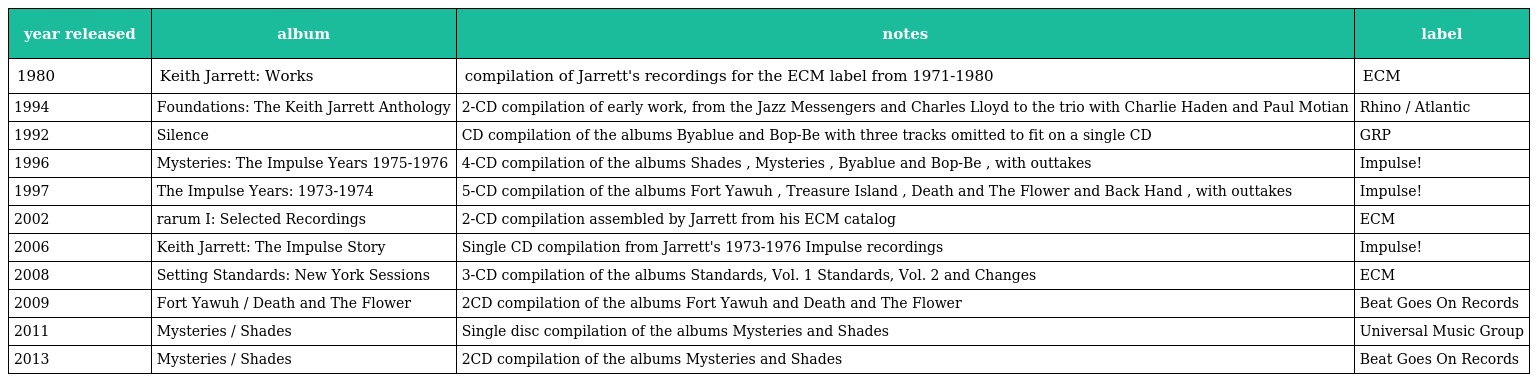
| year released | album | notes | label |
 | --- | --- | --- | --- |
 | 1980 | Keith Jarrett: Works | compilation of Jarrett's recordings for the ECM label from 1971-1980 | ECM |
 | 1994 | Foundations: The Keith Jarrett Anthology | 2-CD compilation of early work, from the Jazz Messengers and Charles Lloyd to the trio with Charlie Haden and Paul Motian | Rhino / Atlantic |
 | 1992 | Silence | CD compilation of the albums Byablue and Bop-Be with three tracks omitted to fit on a single CD | GRP |
 | 1996 | Mysteries: The Impulse Years 1975-1976 | 4-CD compilation of the albums Shades , Mysteries , Byablue and Bop-Be , with outtakes | Impulse! |
 | 1997 | The Impulse Years: 1973-1974 | 5-CD compilation of the albums Fort Yawuh , Treasure Island , Death and The Flower and Back Hand , with outtakes | Impulse! |
 | 2002 | rarum I: Selected Recordings | 2-CD compilation assembled by Jarrett from his ECM catalog | ECM |
 | 2006 | Keith Jarrett: The Impulse Story | Single CD compilation from Jarrett's 1973-1976 Impulse recordings | Impulse! |
 | 2008 | Setting Standards: New York Sessions | 3-CD compilation of the albums Standards, Vol. 1 Standards, Vol. 2 and Changes | ECM |
 | 2009 | Fort Yawuh / Death and The Flower | 2CD compilation of the albums Fort Yawuh and Death and The Flower | Beat Goes On Records |
 | 2011 | Mysteries / Shades | Single disc compilation of the albums Mysteries and Shades | Universal Music Group |
 | 2013 | Mysteries / Shades | 2CD compilation of the albums Mysteries and Shades | Beat Goes On Records |